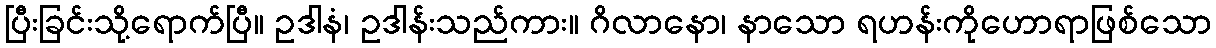
ပြီးခြင်းသို့ရောက်ပြီ။ ဥဒါနံ၊ ဥဒါန်းသည်ကား။ ဂိလာနော၊ နာသော ရဟန်းကိုဟောရာဖြစ်သော